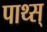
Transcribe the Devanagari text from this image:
पाथ्स्‌